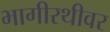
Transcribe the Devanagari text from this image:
भागीरथीवर